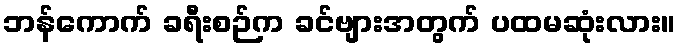
ဘန်ကောက် ခရီးစဉ်က ခင်ဗျားအတွက် ပထမဆုံးလား။